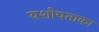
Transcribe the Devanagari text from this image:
यशोपताका